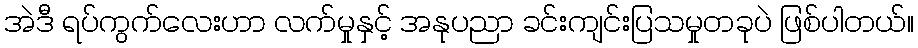
အဲဒီ ရပ်ကွက်လေးဟာ လက်မှုနှင့် အနုပညာ ခင်းကျင်းပြသမှုတခုပဲ ဖြစ်ပါတယ်။